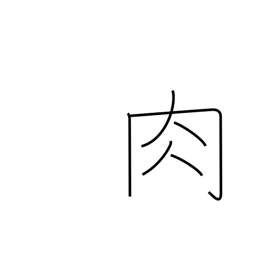
Meaning: meat